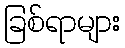
ခြစ်ရာများ